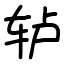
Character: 轳